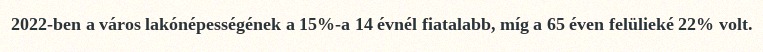
2022-ben a város lakónépességének a 15%-a 14 évnél fiatalabb, míg a 65 éven felülieké 22% volt.